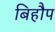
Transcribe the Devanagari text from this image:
बिहौप